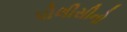
પોલીસીનો